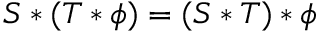
S \ast ( T \ast \phi ) = ( S \ast T ) \ast \phi